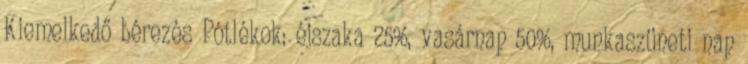
Kiemelkedő bérezés Pótlékok: éjszaka 25%, vasárnap 50%, munkaszüneti nap